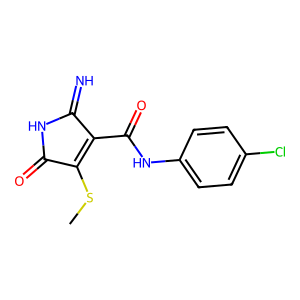
SMILES: CSC1=C(C(=O)Nc2ccc(Cl)cc2)C(=N)NC1=O
Inhibits HIV replication: No